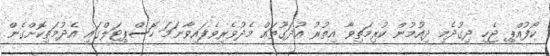
ކޯފުއްޕި ޖެހި ދިގުދެމި ދިއުމުން ކުރިމަތިވާ އިތުރު އުދަގޫތައް މެދުވެރިވެފައިވާނަމަ ހޮސްޕިޓަލްގައި އެދުމަތިކޮށްގެން